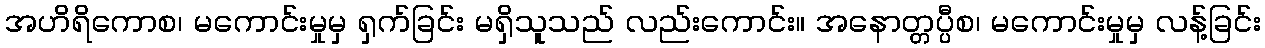
အဟိရိကောစ၊ မကောင်းမှုမှ ရှက်ခြင်း မရှိသူသည် လည်းကောင်း။ အနောတ္တပ္ပီစ၊ မကောင်းမှုမှ လန့်ခြင်း